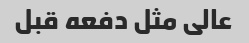
عالی مثل دفعه قبل